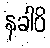
နခါပိ